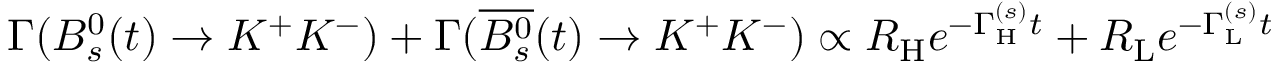
\Gamma ( B _ { s } ^ { 0 } ( t ) \to K ^ { + } K ^ { - } ) + \Gamma ( \overline { { { B _ { s } ^ { 0 } } } } ( t ) \to K ^ { + } K ^ { - } ) \propto R _ { \mathrm { H } } e ^ { - \Gamma _ { \mathrm { H } } ^ { ( s ) } t } + R _ { \mathrm { L } } e ^ { - \Gamma _ { \mathrm { L } } ^ { ( s ) } t }